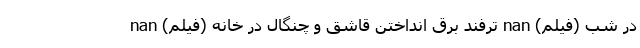
در شب (فیلم) nan ترفند برق انداختن قاشق و چنگال در خانه (فیلم) nan